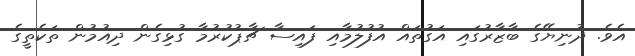
އެވެ. ދުނިޔޭގެ ބާޒާރުގައި އަގުތައް އުފުލުމާއި ފައިސާ ޗާޕުކުރުމާ ގުޅިގެން ދިއުމުން ތަކެތީގެ